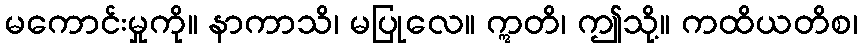
မကောင်းမှုကို။ နာကာသိ၊ မပြုလေ။ ဣတိ၊ ဤသို့။ ကထိယတိစ၊